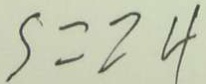
S = 2 4